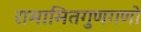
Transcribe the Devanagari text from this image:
रामामितगुणगणो